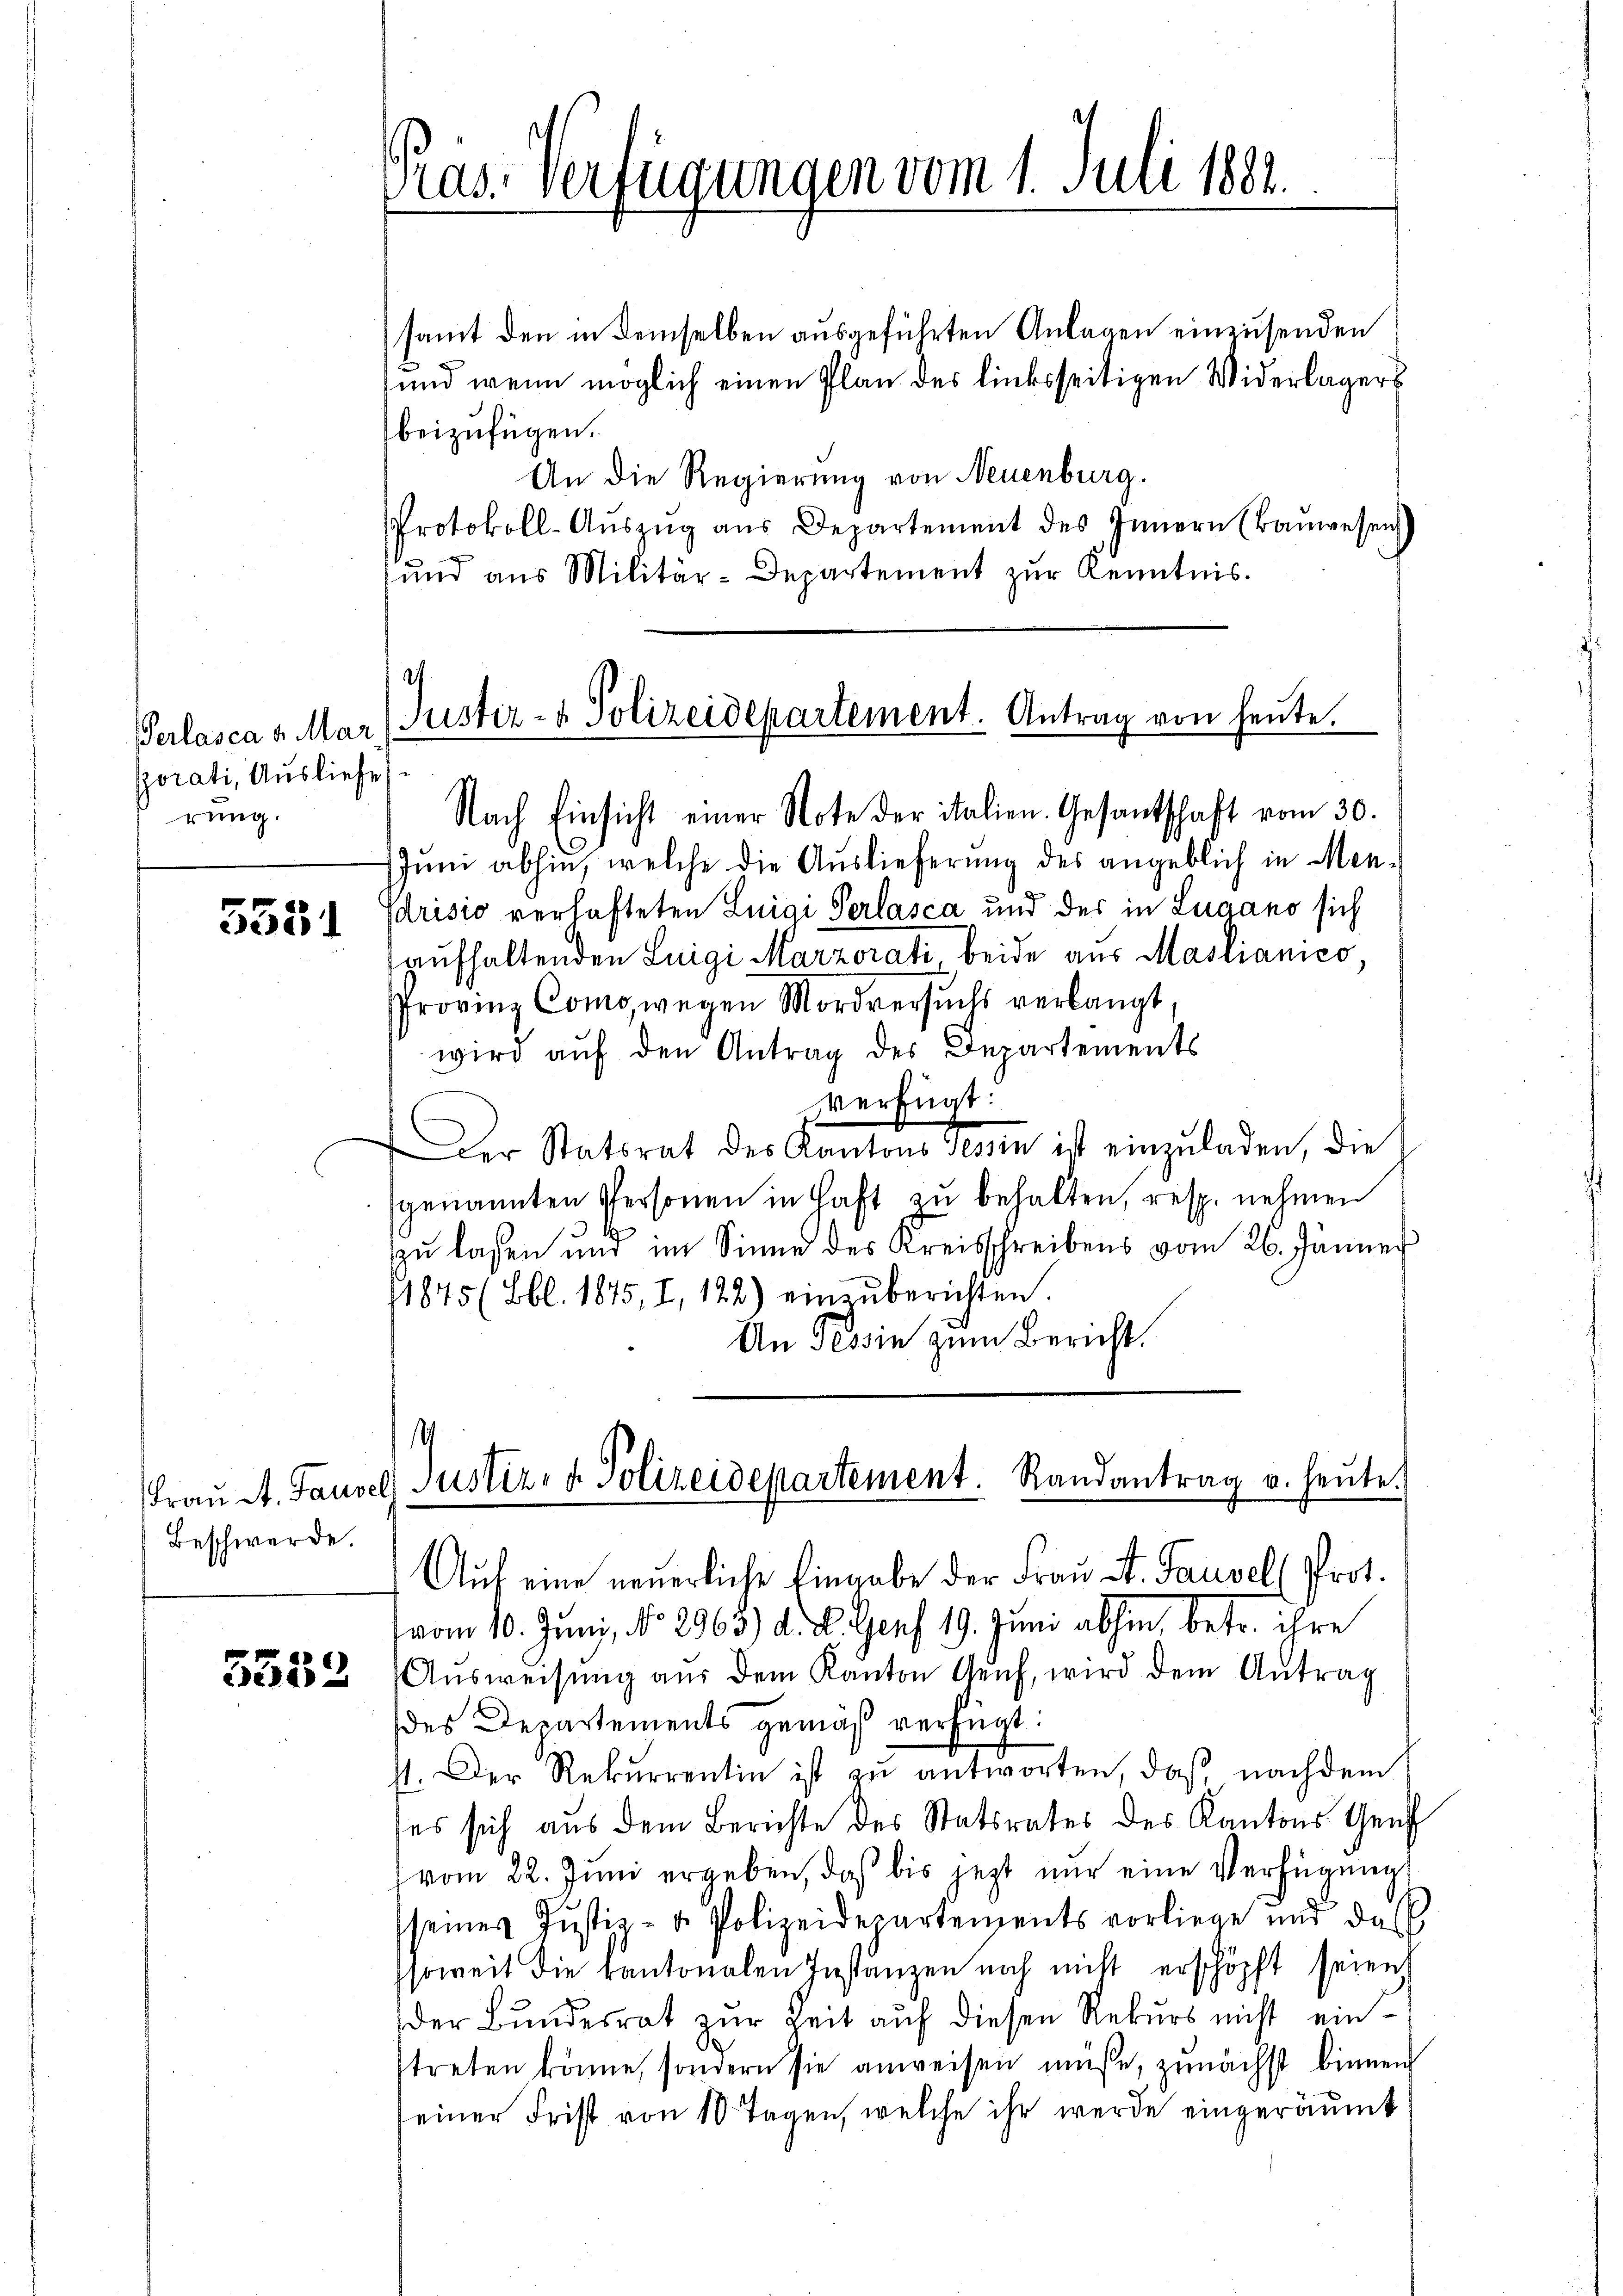
Perlasca v. Mar
porati, Ausliefe
rung.

5351

Frau St. Pause
Beschwerde

3539

Pras. Verfügungen vom 1. Juli 1882.

samt den in demselben ausgeführten Anlagen einzusenden
und wenn möglich einen Plan des linksseitigen Widerlagers
beizufügen.
An die Regierung von Neuenburg.
Protokoll-Aŭszŭg aŭs Departement des Innern (Baŭwesen
und aus Militär-Departement zur Kenntnis.
Nach Einsicht einer Note der italien. Gesantschaft vom 30.
Juni abhin, welche die Auslieferung des angeblich in Men¬
Edrisio verhafteten Luigi Perlasca und der in Lugano sich
aufhaltenden Luigi Marzorati, beide aus Mastianico,
Provinz Como, wegen Mordversuchs verlangt,
wird aŭf den Antrag des Departements
verfügt:
Der Statsrat des Kantons Tessin ist einzŭladen, die
genannten Personen in Haft zu behalten, resp. nehmen
zu laßen und im Sinne des Kreisschreibens vom 26. Jänner
1875 (Bbl. 1875, I, 122) einzŭberichten.
An Tessin zum Bericht.
.
) Justiz- & Polizeidepartement. Randantrag u. heŭte.
Auf eine neuerliche Eingabe der Frau A. Pausel, Prot.
vom 10. Juni, No 2963.) d. d. Genf 19. Juni abhin, betr. ihre
Ausweisung aus dem Kanton Genf, wird dem Antrag
des Departements gemäß verfügt:
st. Der Rekurrentin ist zu antworten, daß nachdem
es sich aus dem Berichte des Statsrates des Kantons Genf
vom 22. Juni ergeben, daß bis jetzt nur eine Verfügung
seines Jŭstiz- u. Polizeidepartements vorliege und das
soweit die kantonalen Instanzen noch nicht erschöpft seien
der Bundesrat zur Zeit auf diesen Rekurs nicht eintreten könne, sondern sie anweisen müße, zunächst binnen
seiner Frist von 10 Tagen, welche ihr werde eingeräumt

a
Justiz- & Polizeidepartement. Antrag von heŭte.